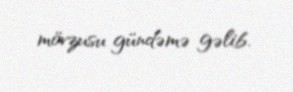
mövzusu gündəmə gəlib.